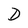
Character: D